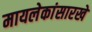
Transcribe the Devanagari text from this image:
मायलेकांसारखे